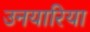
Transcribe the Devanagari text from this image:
उनयारिया